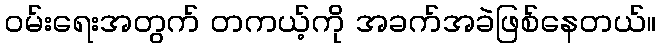
ဝမ်းရေးအတွက် တကယ့်ကို အခက်အခဲဖြစ်နေတယ်။